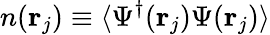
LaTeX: n(\mathbf{r}_{j})\equiv\langle\Psi^{\dagger}(\mathbf{r}_{j})\Psi(\mathbf{r}_{j})\rangle